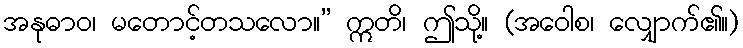
အနုဓာဝ၊ မတောင့်တသလော။” ဣတိ၊ ဤသို့။ (အဝေါစ၊ လျှောက်၏။)